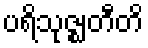
ပရိသုဇ္ဈတီတိ